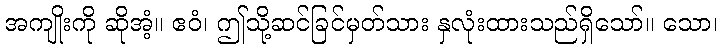
အကျိုးကို ဆိုအံ့။ ဧဝံ၊ ဤသို့ဆင်ခြင်မှတ်သား နှလုံးထားသည်ရှိသော်။ သော၊